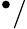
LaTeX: ^{\bullet}/